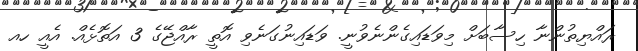
ރައްޔިތުންނާ ހިސާބަށް މިވަޑައިގެންނެވުނީ. ވަޑައިނުގަނެވި އޮތީ ރާއްޖޭގެ 3 އަތޮޅެއް. އެއީ ހއ